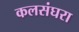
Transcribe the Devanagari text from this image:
कलसंघरा